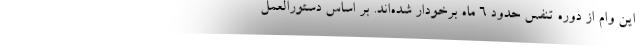
این وام از دوره تنفس حدود ۶ ماه برخودار شده‌اند. بر اساس دستورالعمل